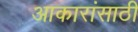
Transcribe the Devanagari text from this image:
आकारांसाठी